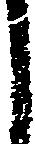
し